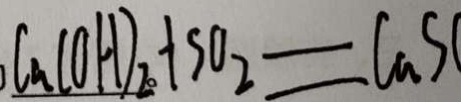
C a ( O H ) _ { 2 } + S O _ { 2 } = C a S